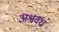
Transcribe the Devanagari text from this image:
अश्ववध